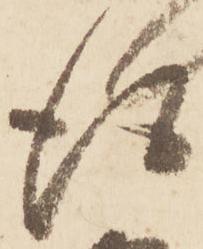
得